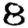
Digit: 8